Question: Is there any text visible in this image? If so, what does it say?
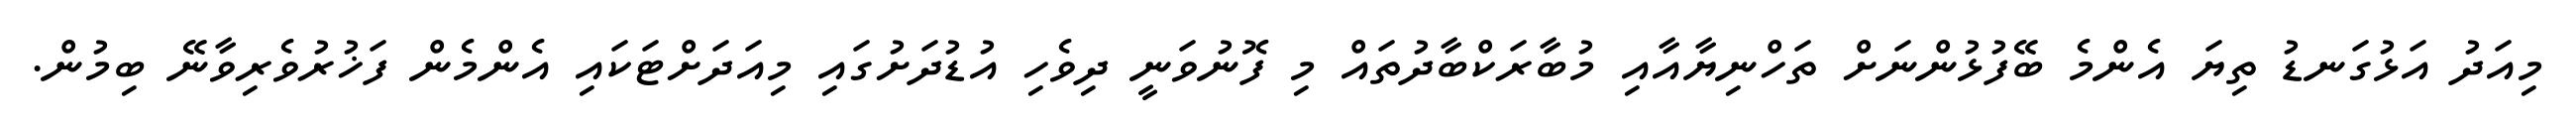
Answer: މިއަދު އަޅުގަނޑު ތިޔަ އެންމެ ބޭފުޅުންނަށް ތަހްނިޔާއާއި މުބާރަކްބާދުތައް މި ފޮނުވަނީ ދިވެހި އުޑުދަށުގައި މިއަދަށްޓަކައި އެންމެން ފަޚުރުވެރިވާނޭ ބިމުން.